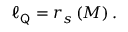
\ell _ { { \sf Q } } = r _ { s } \left( M \right) .